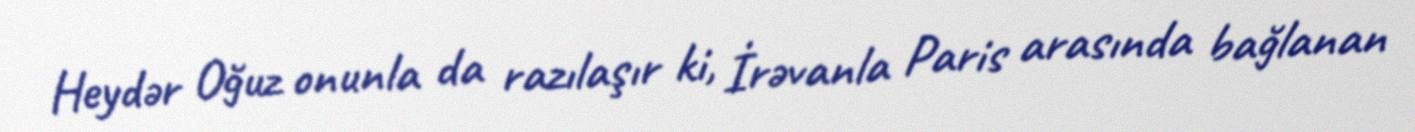
Heydər Oğuz onunla da razılaşır ki, İrəvanla Paris arasında bağlanan